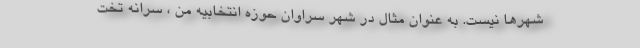
شهرها نیست. به عنوان مثال در شهر سراوان حوزه انتخابیه من ، سرانه تخت